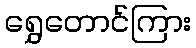
ရွှေတောင်ကြား